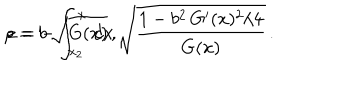
\rho = b \, \sqrt { G ( x ) } \, , \hspace { 0 . 5 c m } z = - \int _ { x _ { 2 } } ^ { x } \, d x \, \sqrt { \frac { { 1 - b ^ { 2 } \, G ^ { \prime } ( x ) ^ { 2 } } / 4 } { G ( x ) } } \, .